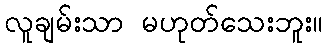
လူချမ်းသာ မဟုတ်သေးဘူး။